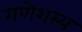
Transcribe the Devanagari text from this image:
गणेशस्य